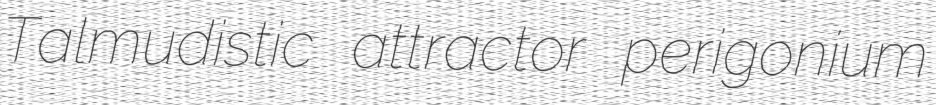
Talmudistic attractor perigonium